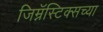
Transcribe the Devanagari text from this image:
जिम्नॅस्टिक्सच्या